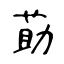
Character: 莇